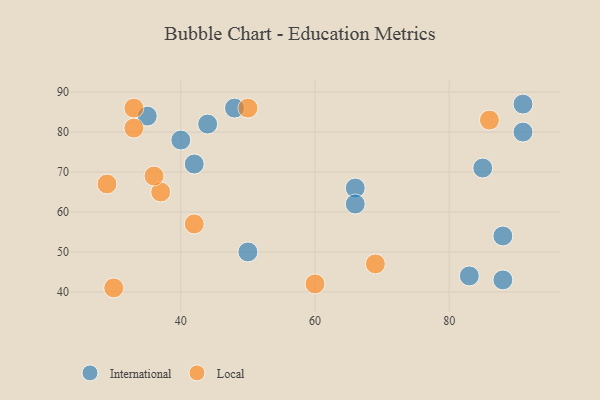
{"axis": {"x": "GDP", "y": "Life Expectancy"}, "legend": ["International", "Local"], "data": [{"x": "66", "y": 66, "type": "International"}, {"x": "50", "y": 50, "type": "International"}, {"x": "91", "y": 80, "type": "International"}, {"x": "42", "y": 72, "type": "International"}, {"x": "48", "y": 86, "type": "International"}, {"x": "40", "y": 78, "type": "International"}, {"x": "88", "y": 43, "type": "International"}, {"x": "91", "y": 87, "type": "International"}, {"x": "83", "y": 44, "type": "International"}, {"x": "66", "y": 62, "type": "International"}, {"x": "44", "y": 82, "type": "International"}, {"x": "85", "y": 71, "type": "International"}, {"x": "35", "y": 84, "type": "International"}, {"x": "88", "y": 54, "type": "International"}, {"x": "30", "y": 41, "type": "Local"}, {"x": "60", "y": 42, "type": "Local"}, {"x": "33", "y": 86, "type": "Local"}, {"x": "69", "y": 47, "type": "Local"}, {"x": "37", "y": 65, "type": "Local"}, {"x": "86", "y": 83, "type": "Local"}, {"x": "36", "y": 69, "type": "Local"}, {"x": "42", "y": 57, "type": "Local"}, {"x": "50", "y": 86, "type": "Local"}, {"x": "29", "y": 67, "type": "Local"}, {"x": "33", "y": 81, "type": "Local"}]}